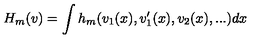
H _ { m } ( v ) = \int h _ { m } ( v _ { 1 } ( x ) , v _ { 1 } ^ { \prime } ( x ) , v _ { 2 } ( x ) , . . . ) d x